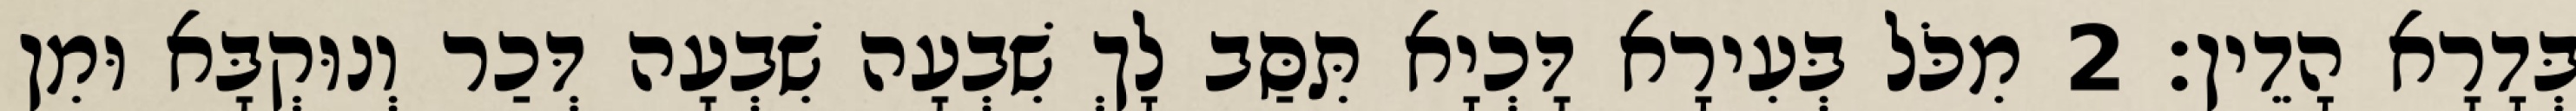
בְּדָרָא הָדֵין׃ 2 מִכֹּל בְּעִירָא דָּכְיָא תִּסַּב לָךְ שִׁבְעָה שִׁבְעָה דְּכַר וְנוּקְבָּא וּמִן